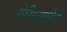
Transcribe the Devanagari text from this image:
ऐसिटलीन